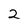
Character: 2